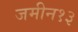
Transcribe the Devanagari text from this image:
जमीन१३